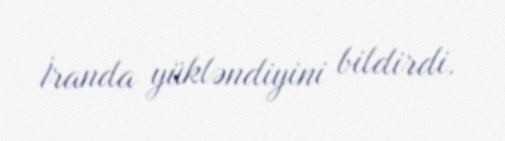
İranda yükləndiyini bildirdi.